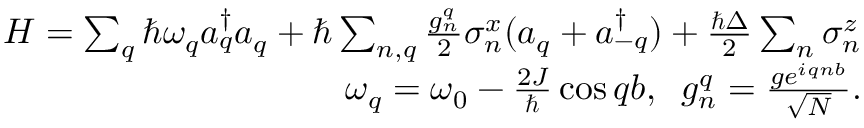
\begin{array} { r l r } & { } & { H = \sum _ { q } \hbar \omega _ { q } a _ { q } ^ { \dagger } a _ { q } + \hbar \sum _ { n , q } \frac { g _ { n } ^ { q } } { 2 } \sigma _ { n } ^ { x } ( a _ { q } + a _ { - q } ^ { \dagger } ) + \frac { \hbar \Delta } { 2 } \sum _ { n } \sigma _ { n } ^ { z } } \\ & { } & { \omega _ { q } = \omega _ { 0 } - \frac { 2 J } { \hbar } \cos q b , \; \; g _ { n } ^ { q } = \frac { g e ^ { i q n b } } { \sqrt { N } } . } \end{array}